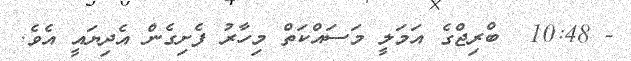
- 10:48  ބްރިޖްގެ އަމަލީ މަސައްކަތް މިހާރު ފެށިގެން އެދިޔައީ އެވެ.